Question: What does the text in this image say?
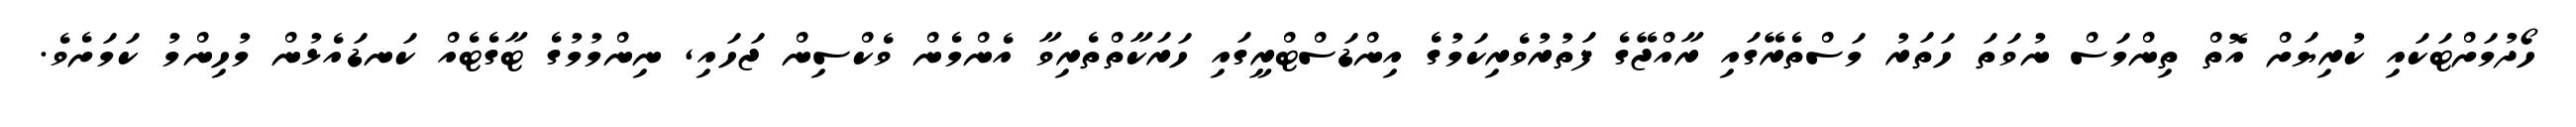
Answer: ހޯދުމަށްޓަކައި ކުރިޔަށް އޮތް ތިންމަސް ނުވަތަ ހަތަރު މަސްތެރޭގައި ރާއްޖޭގެ ފަތުރުވެރިކަމުގެ އިންޑަސްޓްރީގައި ހަރަކާތްތެރިވާ އެންމެން ވެކްސިން ޖަހައި, ނިންމުމުގެ ޓާގެޓެއް ކަނޑައެޅުން މުހިންމު ކަމަށެވެ.